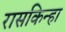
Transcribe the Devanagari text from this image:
रासकिन्हा